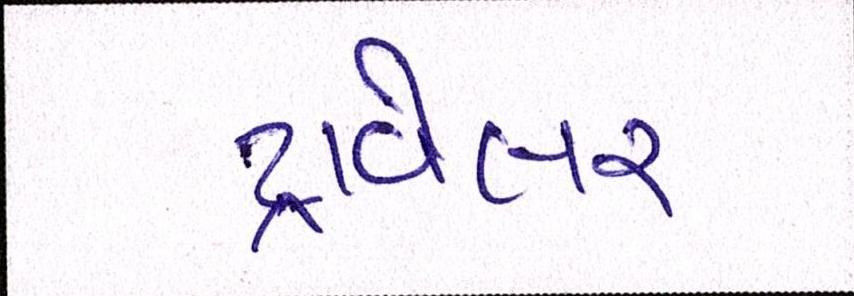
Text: ટ્રાવેલર